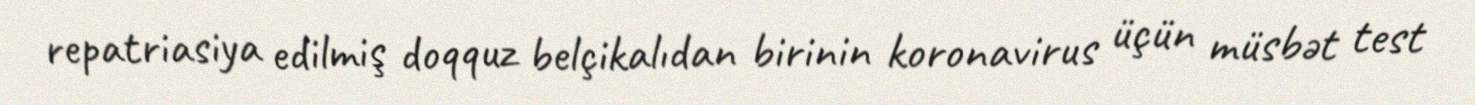
repatriasiya edilmiş doqquz belçikalıdan birinin koronavirus üçün müsbət test